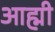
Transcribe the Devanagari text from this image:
आह्मी